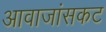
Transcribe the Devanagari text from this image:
आवाजांसकट